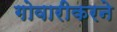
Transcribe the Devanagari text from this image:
गोवारीकरने